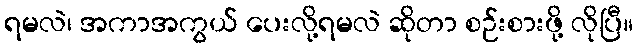
ရမလဲ၊ အကာအကွယ် ပေးလို့ရမလဲ ဆိုတာ စဉ်းစားဖို့ လိုပြီ။